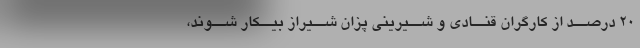
20 درصــد از کارگران قنــادى و شــیرینى پزان شــیراز بیــکار شــوند،